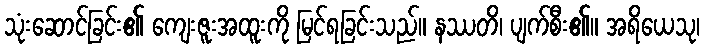
သုံးဆောင်ခြင်း၏ ကျေးဇူးအထူးကို မြင်ရခြင်းသည်။ နဿတိ၊ ပျက်စီး၏။ အရိယေသု၊